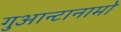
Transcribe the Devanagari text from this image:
गुआन्टानामो